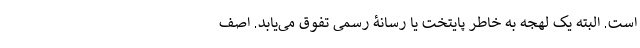
است. البته یک لهجه به خاطر پایتخت یا رسانۀ رسمی تفوق می‌یابد. اصف